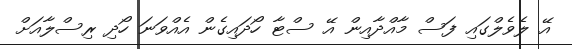
އޭ ލެވެލްގައި ފަސް މާއްދާއިން އޭ ސްޓާ ހޯދައިގެން އެއްވަނަ ހޯދި ރިސްލާއަށް